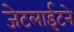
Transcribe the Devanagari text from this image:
जेटलाईटने